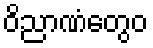
ဝိညာဏံတွေဝ